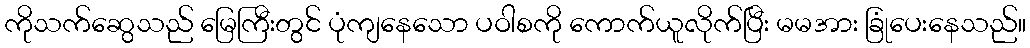
ကိုသက်ဆွေသည် မြေကြီးတွင် ပုံကျနေသော ပဝါစကို ကောက်ယူလိုက်ပြီး မမအား ခြုံပေးနေသည်။